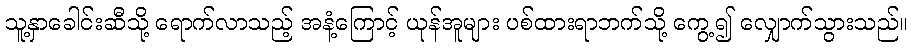
သူ့နှာခေါင်းဆီသို့ ရောက်လာသည့် အနံ့ကြောင့် ယုန်အူများ ပစ်ထားရာဘက်သို့ ကွေ့၍ လျှောက်သွားသည်။